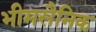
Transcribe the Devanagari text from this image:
भीमसैनिक